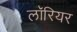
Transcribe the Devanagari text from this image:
लॉरियर